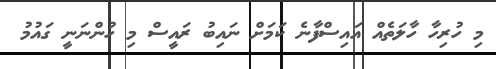
މި ހުރިހާ ހާލަތެއް އައިސްފާނެ ކަމަށް ނައިބު ރައީސް މި ހުންނަނީ ގައުމު